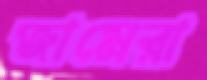
জামেরা